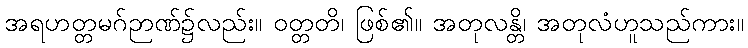
အရဟတ္တမဂ်ဉာဏ်၌လည်း။ ဝတ္တတိ၊ ဖြစ်၏။ အတုလန္တိ၊ အတုလံဟူသည်ကား။